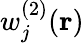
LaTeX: w_{j}^{(2)}(\mathbf{r})